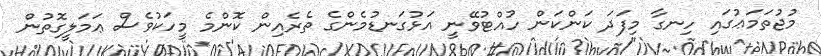
މުޖުތަމަޢުގައި ހިނގާ މިފަދަ ކަންކަން ހުއްޓުވޭނީ އަޅުގަނޑުމެންގެ ތެރެއިން ކޮންމެ މީހަކުވެސް ޢަމަލީގޮތުން